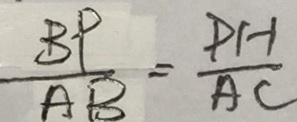
\frac { B P } { A B } = \frac { P H } { A C }